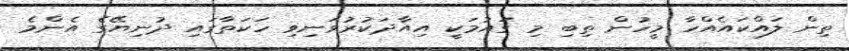
ތިން ލައްކައެއްހާ މީހުން ތިބި މި ގައުމަކީ އިއާދަކުރުވަނިވި ހަކަތާގައި ދުނިޔޭގެ އެންމެ